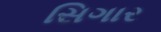
સિગાર